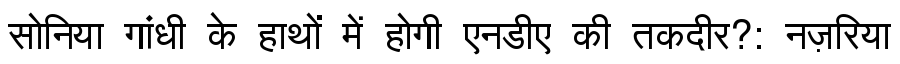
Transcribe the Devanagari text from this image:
सोनिया गांधी के हाथों में होगी एनडीए की तकदीर?: नज़रिया